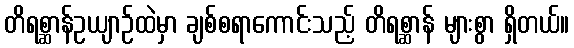
တိရစ္ဆာန်ဥယျာဉ်ထဲမှာ ချစ်စရာကောင်းသည့် တိရစ္ဆာန် များစွာ ရှိတယ်။